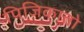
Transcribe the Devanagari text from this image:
पिजिकातो